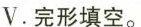
V.完形填空.